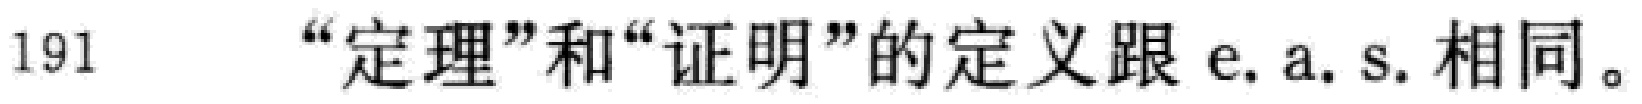
191 “定理”和“证明”的定义跟 e. a. s. 相同。